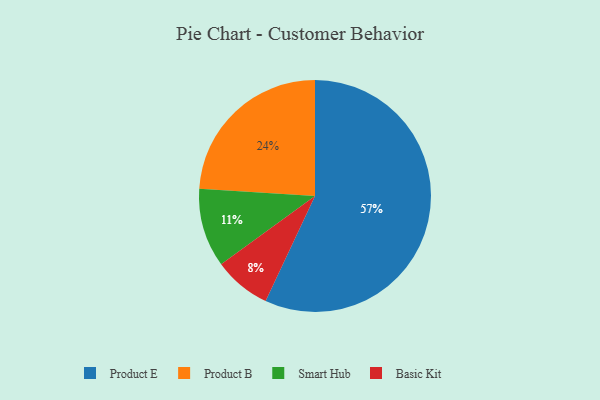
{"axis": {"x": "Category", "y": "Percentage"}, "legend": ["Basic Kit", "Product B", "Product E", "Smart Hub"], "data": [{"x": "Smart Hub", "y": 11, "type": "Smart Hub"}, {"x": "Product B", "y": 24, "type": "Product B"}, {"x": "Basic Kit", "y": 8, "type": "Basic Kit"}, {"x": "Product E", "y": 57, "type": "Product E"}]}